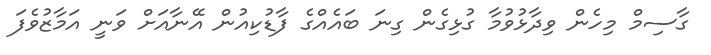
ގާސިމް މިހެން ވިދާޅުވުމާ ގުޅިގެން ގިނަ ބައެއްގެ ފާޑުކިއުން އޭނާއަށް ވަނީ އަމާޒުވެފަ